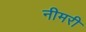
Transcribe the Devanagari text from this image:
नीमरी